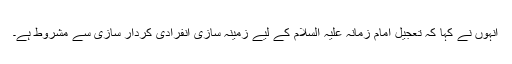
انہوں نے کہا کہ تعجیل امام زمانہ علیہ السلام کے لیے زمینہ سازی انفرادی کردار سازی سے مشروط ہے۔